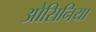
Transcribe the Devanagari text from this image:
ओसिनिया